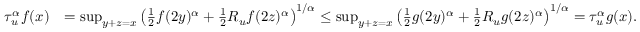
\begin{array} { r l } { \tau _ { u } ^ { \alpha } f ( x ) } & { = \operatorname* { s u p } _ { y + z = x } \left( \frac { 1 } { 2 } f ( 2 y ) ^ { \alpha } + \frac { 1 } { 2 } R _ { u } f ( 2 z ) ^ { \alpha } \right) ^ { 1 / \alpha } \leq \operatorname* { s u p } _ { y + z = x } \left( \frac { 1 } { 2 } g ( 2 y ) ^ { \alpha } + \frac { 1 } { 2 } R _ { u } g ( 2 z ) ^ { \alpha } \right) ^ { 1 / \alpha } = \tau _ { u } ^ { \alpha } g ( x ) . } \end{array}